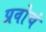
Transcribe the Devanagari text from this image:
प्रवोचं